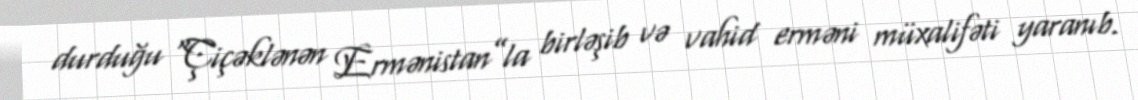
durduğu “Çiçəklənən Ermənistan”la birləşib və vahid erməni müxalifəti yaranıb.